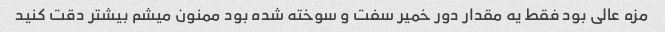
مزه عالی بود فقط یه مقدار دور خمیر سفت و سوخته شده بود ممنون میشم بیشتر دقت کنید